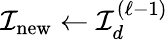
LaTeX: {\mathcal{I}}_{\mathrm{new}}\gets{\mathcal{I}}_{d}^{(\ell-1)}